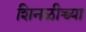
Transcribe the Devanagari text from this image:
शिनळीच्च्या